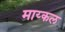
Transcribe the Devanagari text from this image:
माय्कल